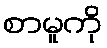
စာမူကို